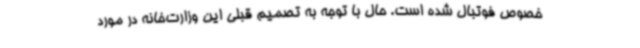
خصوص فوتبال شده است. حال با توجه به تصمیم قبلی این وزارت‌خانه در مورد